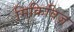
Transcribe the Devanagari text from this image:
मिकिविज़